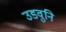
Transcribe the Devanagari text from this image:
उडवुनि